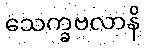
သေက္ခဗလာနိ